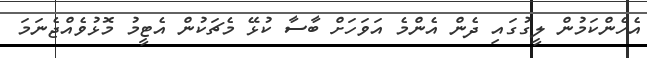
އެހެންކަމުން ލީގުގައި ދެން އެންމެ އަވަހަށް ބާސާ ކުޅޭ މެޗަކުން އެޓީމު މޮޅުވެއްޖެނަމަ